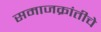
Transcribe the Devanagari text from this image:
समाजक्रांतीचे